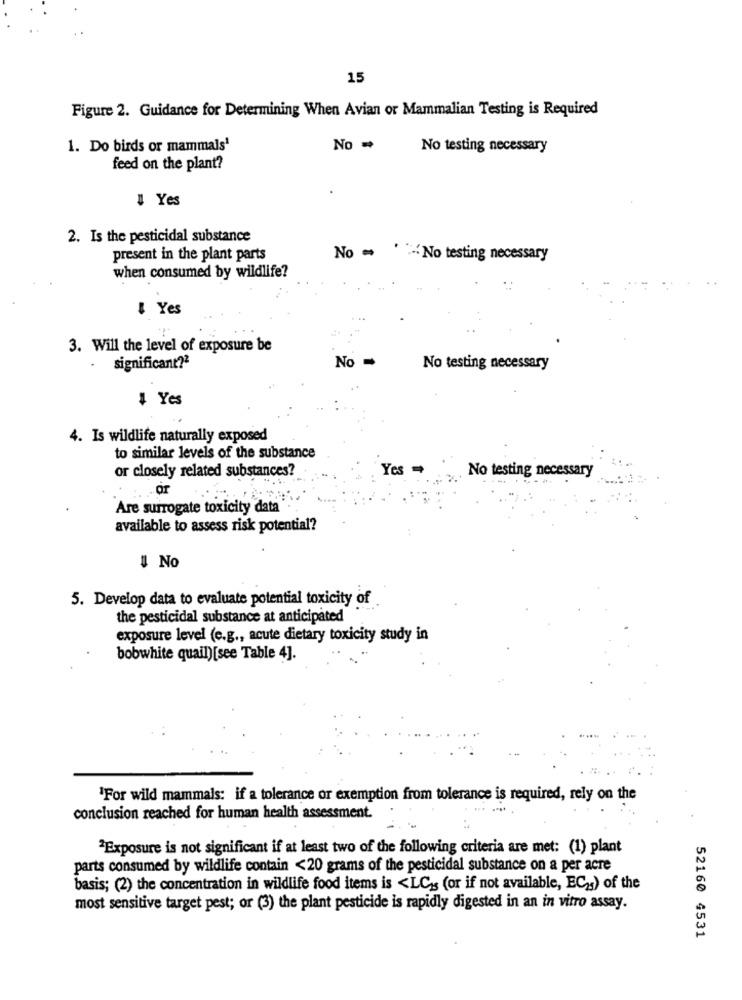
15
Figure 2. Guidance for Determining When Avian or Mammalian Testing is Required
1. Do birds or mammals'
No -
No testing necessary
feed on the plant?
I Yes
2. Is the pesticidal substance
present in the plant parts
No = ' "- No testing necessary
when consumed by wildlife?
I Yes
3. Will the level of exposure be
No
significant?2
No testing necessary
1 Yes
4. Is wildlife naturally exposed
to similar levels of the substance
or closely related substances?
Yes
No testing necessary
Are surrogate toxicity data'
available to assess risk potential?
! No
5. Develop data to evaluate potential toxicity of
the pesticidal substance at anticipated
exposure level (e.g ., acute dietary toxicity study in
bobwhite quail)[see Table 4].
'For wild mammals: if a tolerance or exemption from tolerance is required, rely on the
conclusion reached for human health assessment.
2Exposure is not significant if at least two of the following criteria are met: (1) plant
parts consumed by wildlife contain <20 grams of the pesticidal substance on a per acre
basis; (2) the concentration in wildlife food items is <LC's (or if not available, EC2s) of the
most sensitive target pest; or (3) the plant pesticide is rapidly digested in an in vitro assay.
52160 4531